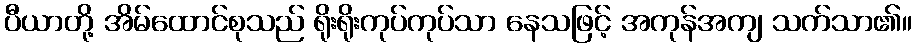
ပီယာတို့ အိမ်ထောင်စုသည် ရိုးရိုးကုပ်ကုပ်သာ နေသဖြင့် အကုန်အကျ သက်သာ၏။